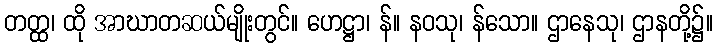
တတ္ထ၊ ထို အာဃာတဆယ်မျိုးတွင်။ ဟေဋ္ဌာ၊ န်။ နဝသု၊ န်သော။ ဌာနေသု၊ ဌာနတို့၌။